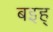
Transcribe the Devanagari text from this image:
बइह्‌